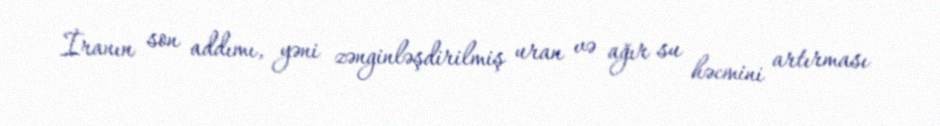
İranın son addımı, yəni zənginləşdirilmiş uran və ağır su həcmini artırması